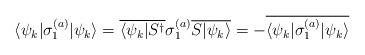
LaTeX: \begin{align*}\langle\psi_k|\sigma_{ 1 }^{(a)}|\psi_k\rangle=\overline{\langle\psi_k|S^\dagger}\sigma_{ 1 }^{(a)}\overline{S|\psi_k\rangle}=-\overline{\langle\psi_k|\sigma_{ 1 }^{(a)}|\psi_k\rangle}\end{align*}